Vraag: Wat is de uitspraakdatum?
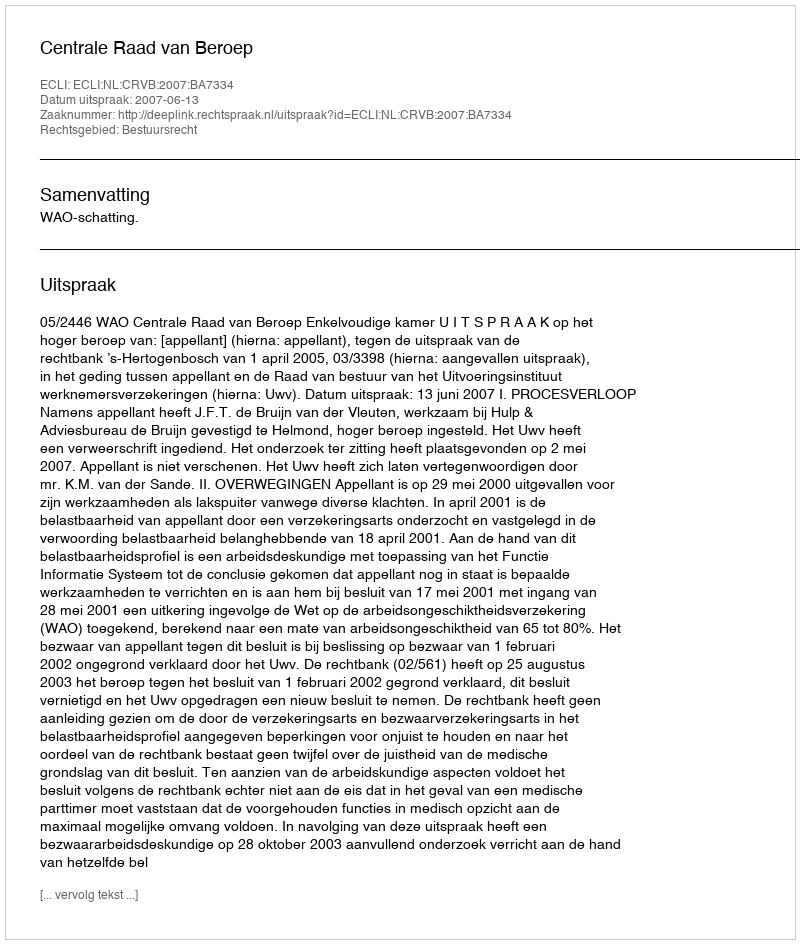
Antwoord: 2007-06-13